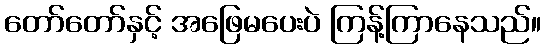
တော်တော်နှင့် အဖြေမပေးပဲ ကြန့်ကြာနေသည်။